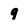
Character: 9